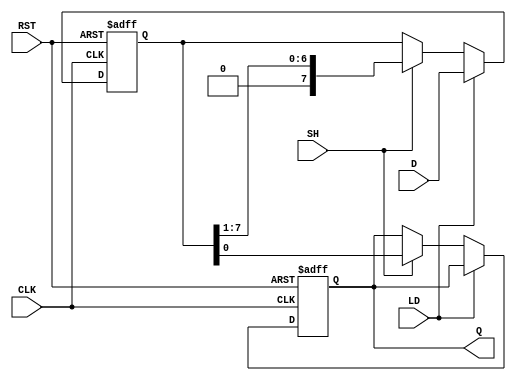
module PISO_Register #(
    parameter n = 8  // Parameter to define the width of the register
)(
    input  wire [n-1:0] D,    // Parallel data input
    input  wire LD,            // Load control signal
    input  wire SH,            // Shift control signal
    input  wire CLK,           // Clock signal
    input  wire RST,           // Asynchronous reset signal
    output reg  Q              // Serial output
);

    reg [n-1:0] shift_reg;     // Internal shift register

    always @(posedge CLK or posedge RST) begin
        if (RST) begin
            shift_reg <= {n{1'b0}}; // Clear the register on reset
            Q <= 1'b0;              // Clear the serial output
        end else begin
            if (LD) begin
                shift_reg <= D;     // Load data into the register
            end else if (SH) begin
                Q <= shift_reg[0];  // Output the LSB to Q
                shift_reg <= {1'b0, shift_reg[n-1:1]}; // Shift right
            end
        end
    end

endmodule